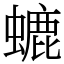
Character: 螰